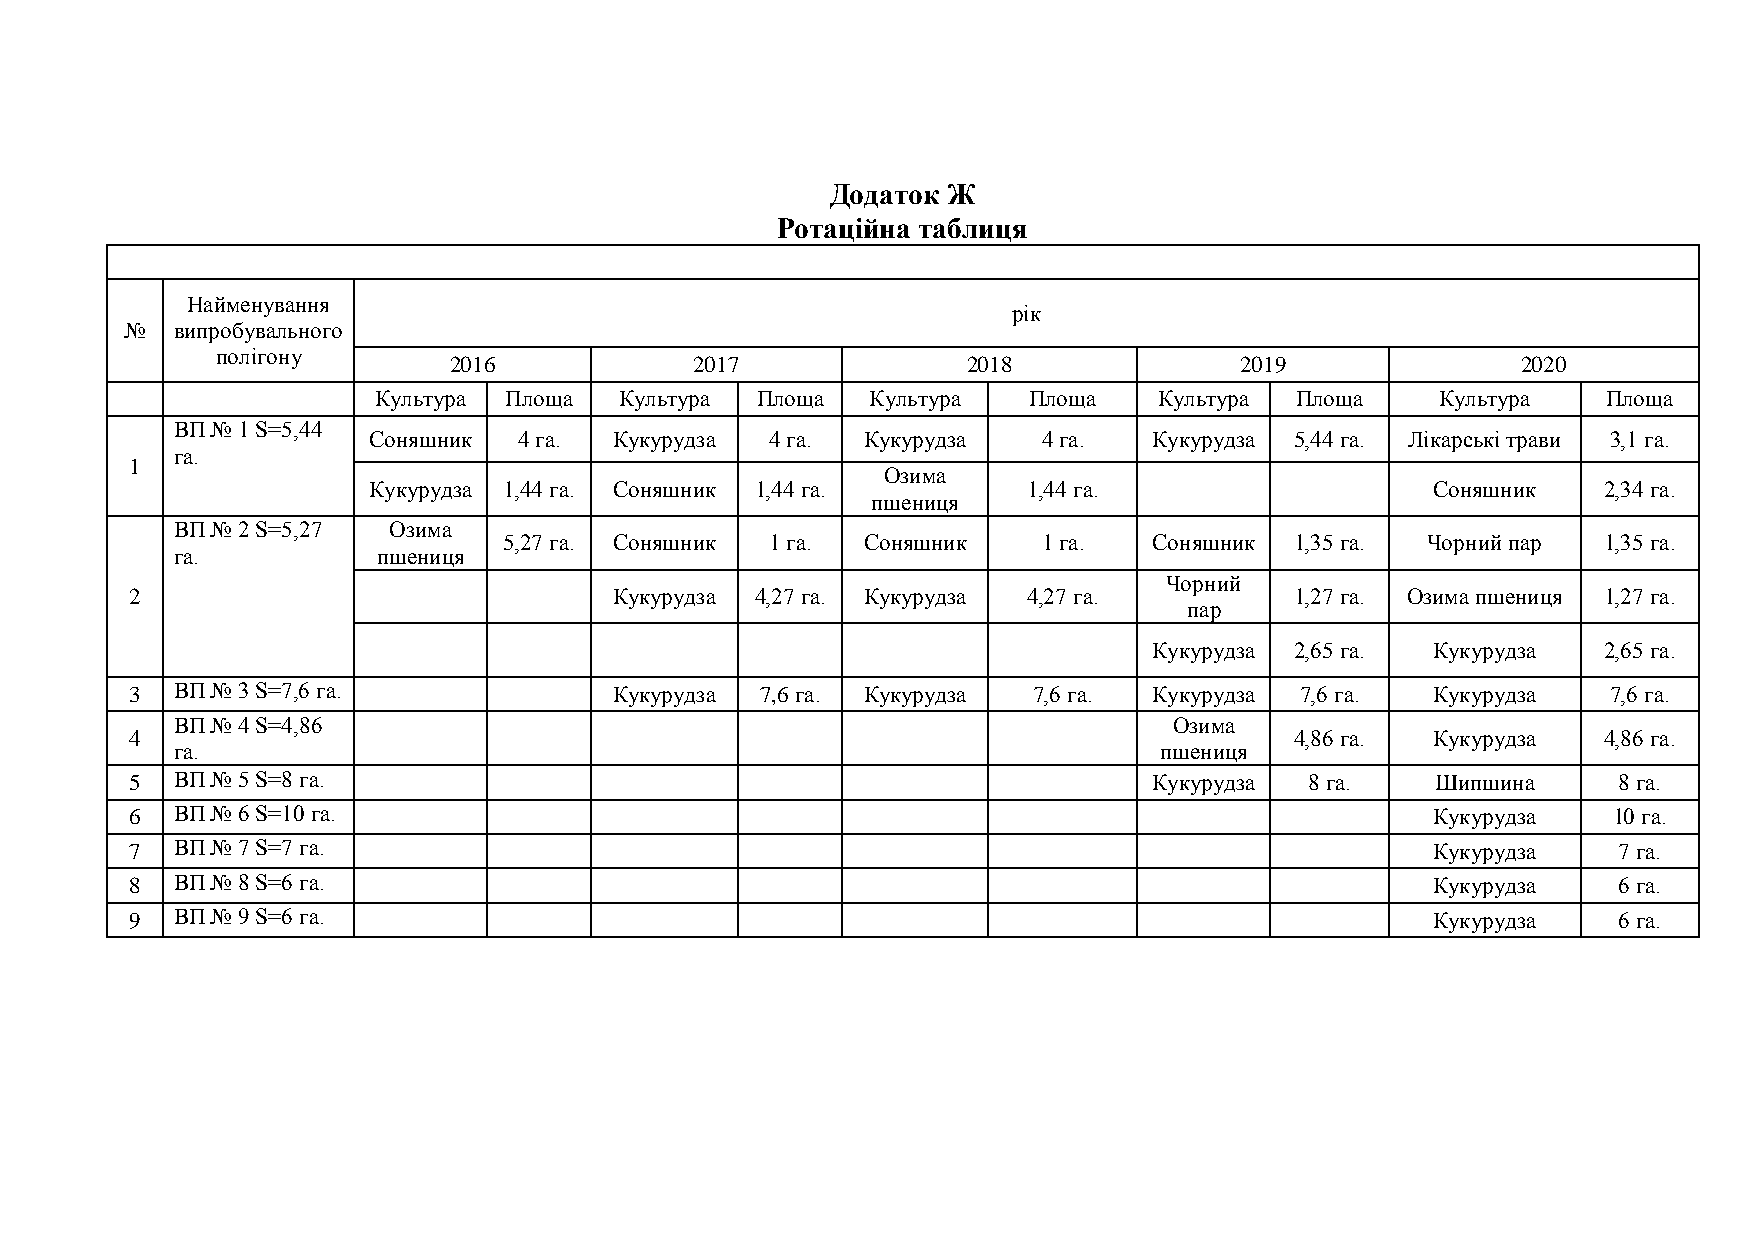
Додаток Ж
 Ротаційна таблиця
 Найменування
 рік
 №   випробувального
 полігону
 2016            2017              2018              2019               2020
 Культура Площа  Культура Площа   Культура  Площа    Культура Площа    Культура   Площа
 ВП № 1 S=5,44
 Соняшник  4 га.  Кукурудза 4 га. Кукурудза   4 га.  Кукурудза 5,44 га. Лікарські трави 3,1 га.
 га.
 1
 Озима
 Кукурудза 1,44 га. Соняшник 1,44 га.        1,44 га.                   Соняшник   2,34 га.
 пшениця
 ВП № 2 S=5,27 Озима
 5,27 га. Соняшник 1 га. Соняшник    1 га.  Соняшник  1,35 га. Чорний пар 1,35 га.
 га.          пшениця
 Чорний
 2                               Кукурудза 4,27 га. Кукурудза 4,27 га.        1,27 га. Озима пшениця 1,27 га.
 пар
 Кукурудза 2,65 га. Кукурудза  2,65 га.
 3  ВП № 3 S=7,6 га.             Кукурудза 7,6 га. Кукурудза 7,6 га. Кукурудза 7,6 га. Кукурудза   7,6 га.
 ВП № 4 S=4,86                                                     Озима
 4                                                                            4,86 га. Кукурудза  4,86 га.
 га.                                                              пшениця
 5  ВП № 5 S=8 га.                                                  Кукурудза  8 га.   Шипшина     8 га.
 6  ВП № 6 S=10 га.                                                                    Кукурудза   10 га.
 7  ВП № 7 S=7 га.                                                                     Кукурудза   7 га.
 8  ВП № 8 S=6 га.                                                                     Кукурудза   6 га.
 9  ВП № 9 S=6 га.                                                                     Кукурудза   6 га.